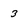
Character: 3